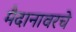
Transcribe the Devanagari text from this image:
मैदानावरचे